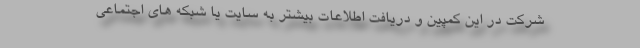
شرکت در این کمپین و دریافت اطلاعات بیشتر به سایت یا شبکه های اجتماعی